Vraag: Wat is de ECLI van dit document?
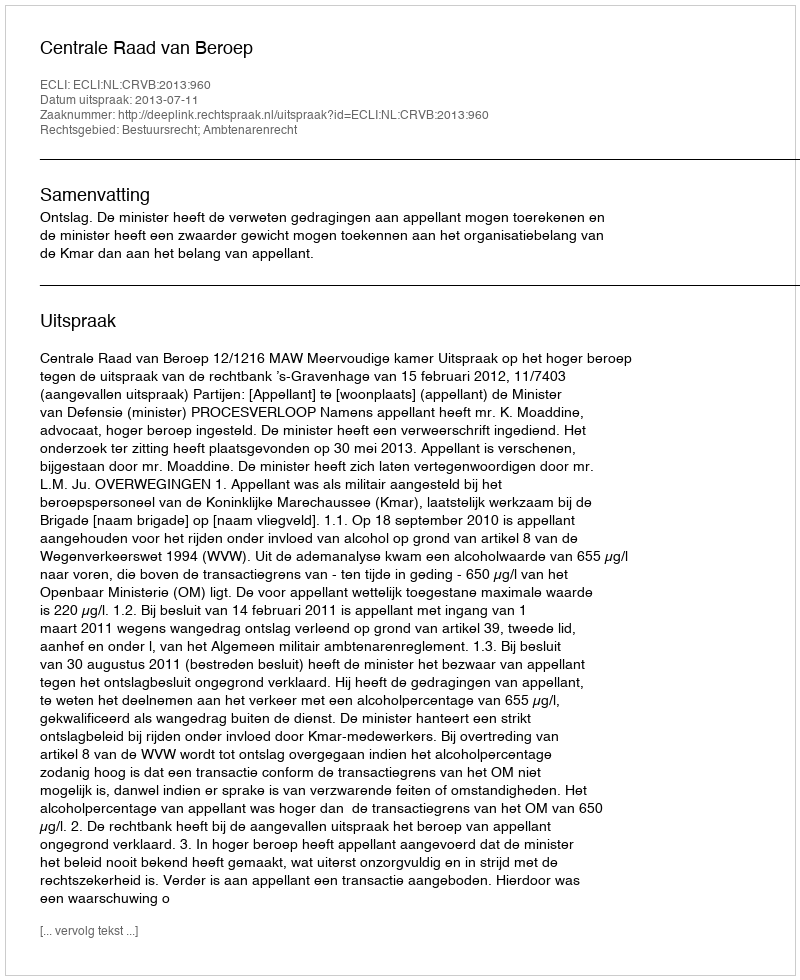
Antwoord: ECLI:NL:CRVB:2013:960